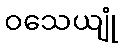
ဝသေယျုံ